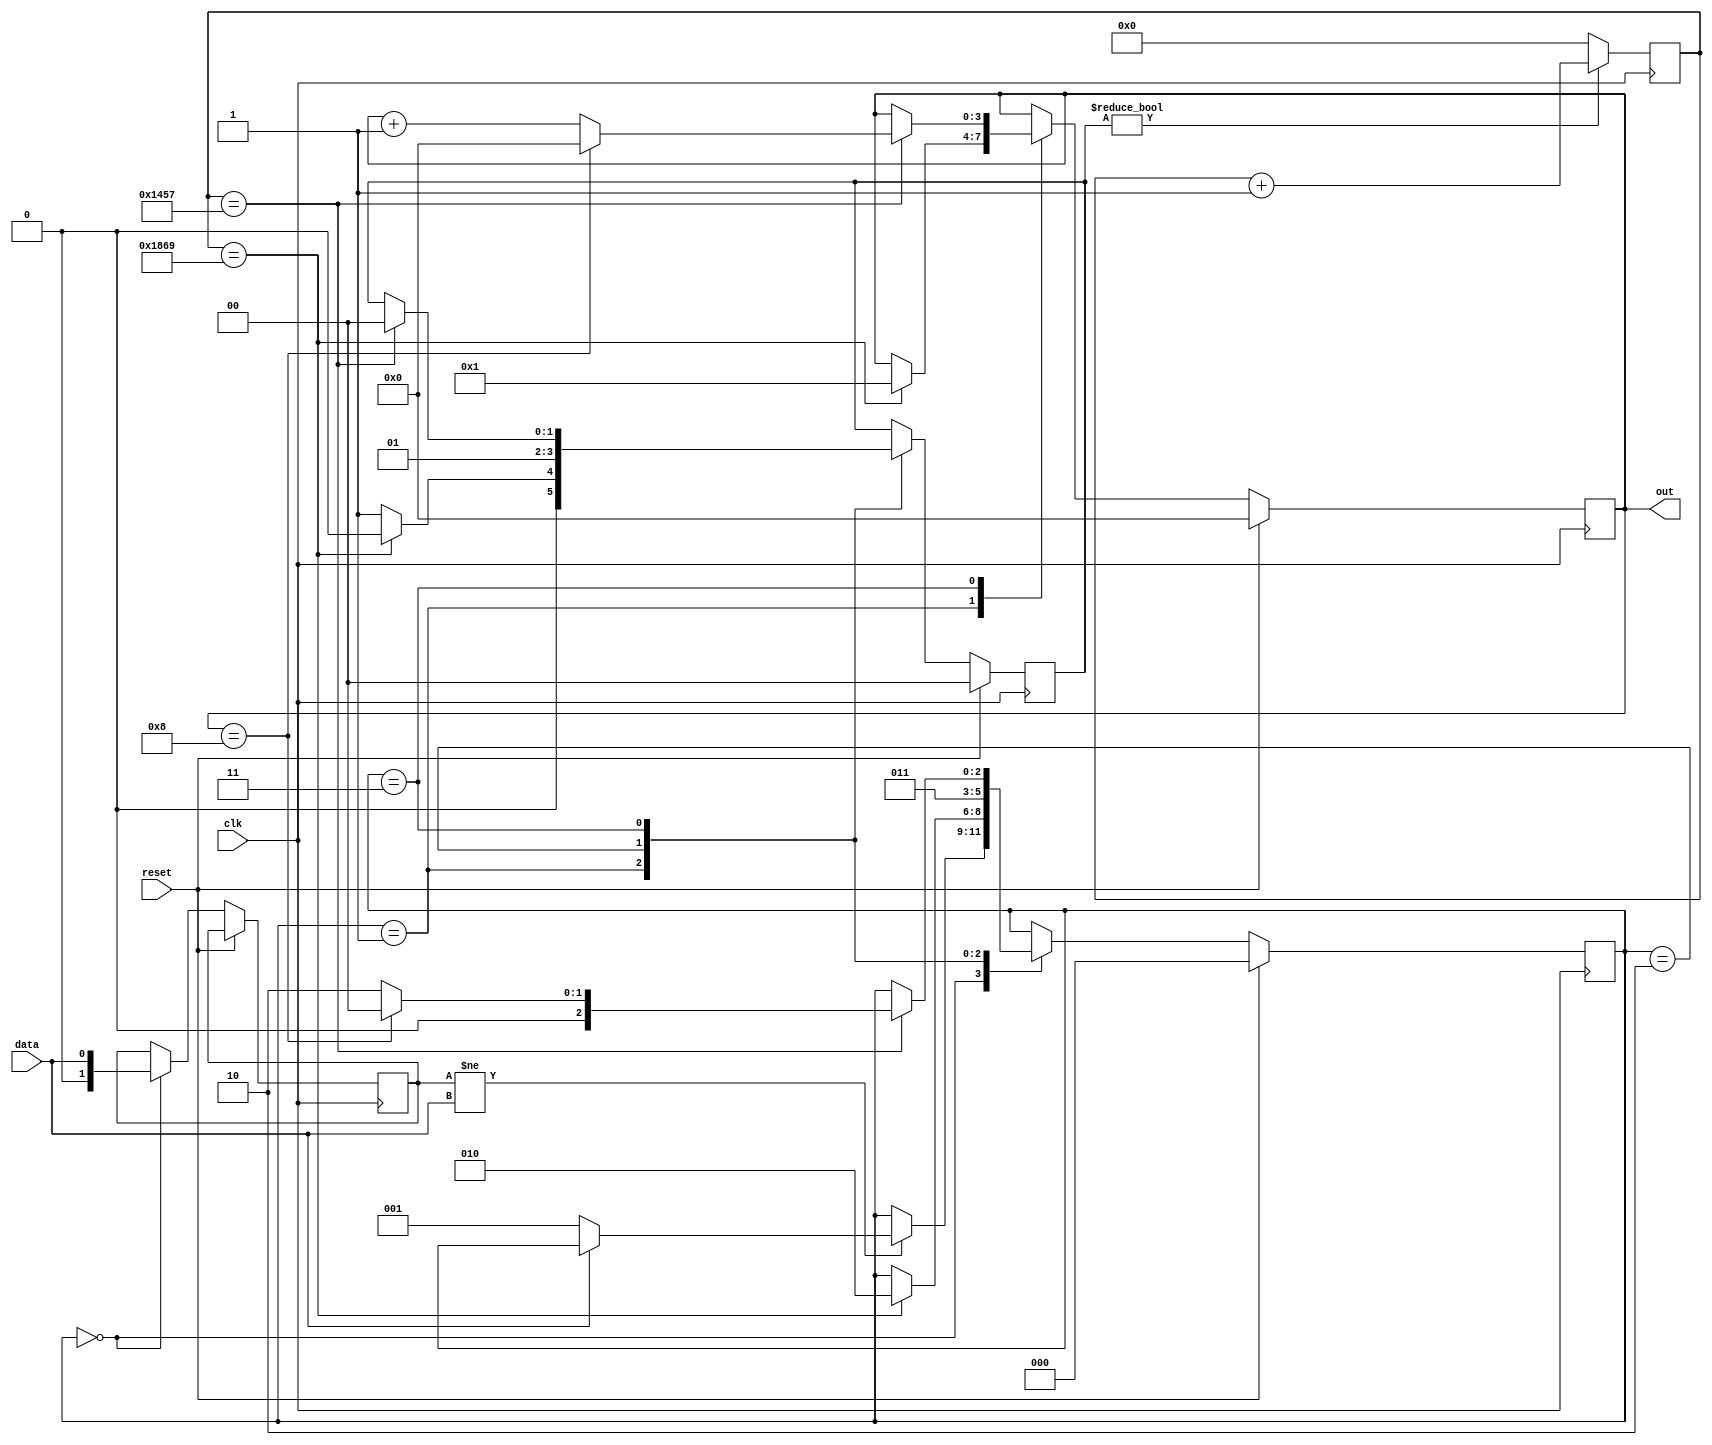
module split_freq(
                  input   wire          reset,
                  input   wire          clk,
                  input   wire          data,
                  output  reg    [3:0]  out
);
//---------------------------
reg [12:0] count     	= 0;
reg [2:0]  state     	= 0;
reg [1:0]  prev_data 	= 0;
reg [1:0]  count_en  	= 0;
//----------------------------
localparam CHECK_START  = 0;
localparam FIRST_BIT    = 1;
localparam COUNT_ENABLE = 2;
localparam NEXT_BITS    = 3;
//----------------------------
initial begin
	out <= 0;
end
//---------schetchik----------	
always @(posedge clk) begin
	if (count_en) begin
		count <= count + 1;
	end else begin
		count <= 0;
	end
end
//-----------------------------
always @(posedge clk) begin
	if (reset) begin
		count_en <= 0;
		out   	<= 0;
		state 	<= CHECK_START;
	end else begin	
		case (state)
			CHECK_START: begin 				 		// proverka na start bit
				prev_data <= data;
				if (prev_data != data)begin 		// smotrim na izmenenie porta dannih
					if (data == 0) begin     		// proverka na stop bit 
						state <= FIRST_BIT;           
					end
				end
			end
			FIRST_BIT: begin              		// esli start bit naiden,					
				if (count == 6249) begin 			// zdem poltora perioda, chtobi okazat'sya v seredine nulevogo informacionnogo bita
					state       <= COUNT_ENABLE;
					out         <= 1;       		// signal o tom, chto seredina nulevogo informacionnogo bita dostignuta
					count_en    <= 0;
				end else begin
					count_en    <= 1;
				end
			end
			COUNT_ENABLE: begin 
				count_en <= 1;
				state    <= NEXT_BITS;
			end	
			NEXT_BITS: begin 							// operacia dlay vseh bitov posle nulevigo					
				if (count == 5207) begin 			// zdem period, chtobi okazat'sya v seredine informacionnogo bita
					if (out == 8) begin   			// kogda obraborali vse biti
						out      <=  0;
						state    <=  CHECK_START;							
						count_en <=  0;
					end else begin
						out      <=  out + 1;		// signal o tom, chto seredina informacionnogo bita dostignuta
						count_en <=  0;
						state    <=  COUNT_ENABLE;
					end                
				end 
			end
			default;								
		endcase	
	end
end

endmodule